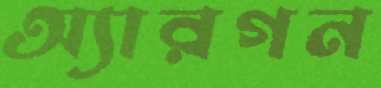
অ্যারগন